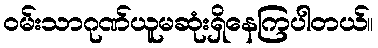
ဝမ်းသာဂုဏ်ယူမဆုံးရှိနေကြပါတယ်။